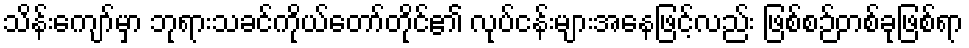
သိန်းကျော်မှာ ဘုရားသခင်ကိုယ်တော်တိုင်၏ လုပ်ငန်းများအနေဖြင့်လည်း ဖြစ်စဉ်တစ်ခုဖြစ်ရာ